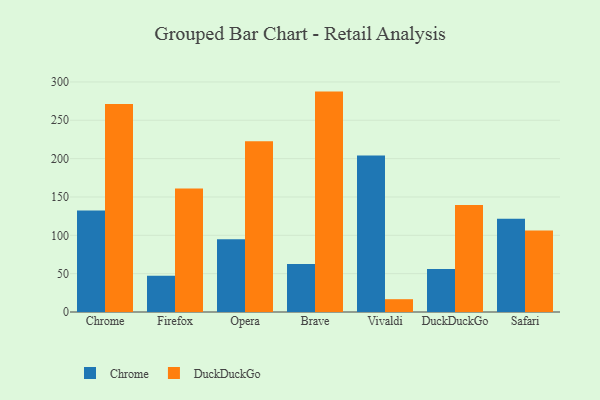
{"axis": {"x": "Browser", "y": "Latency (ms)"}, "legend": ["Chrome", "DuckDuckGo"], "data": [{"x": "Chrome", "y": 132.4, "type": "Chrome"}, {"x": "Chrome", "y": 271.2, "type": "DuckDuckGo"}, {"x": "Firefox", "y": 47.3, "type": "Chrome"}, {"x": "Firefox", "y": 161.0, "type": "DuckDuckGo"}, {"x": "Opera", "y": 94.8, "type": "Chrome"}, {"x": "Opera", "y": 222.8, "type": "DuckDuckGo"}, {"x": "Brave", "y": 62.5, "type": "Chrome"}, {"x": "Brave", "y": 287.4, "type": "DuckDuckGo"}, {"x": "Vivaldi", "y": 204.0, "type": "Chrome"}, {"x": "Vivaldi", "y": 16.7, "type": "DuckDuckGo"}, {"x": "DuckDuckGo", "y": 56.1, "type": "Chrome"}, {"x": "DuckDuckGo", "y": 139.4, "type": "DuckDuckGo"}, {"x": "Safari", "y": 121.7, "type": "Chrome"}, {"x": "Safari", "y": 106.2, "type": "DuckDuckGo"}]}